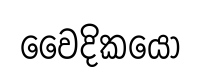
වෛදිකයෝ